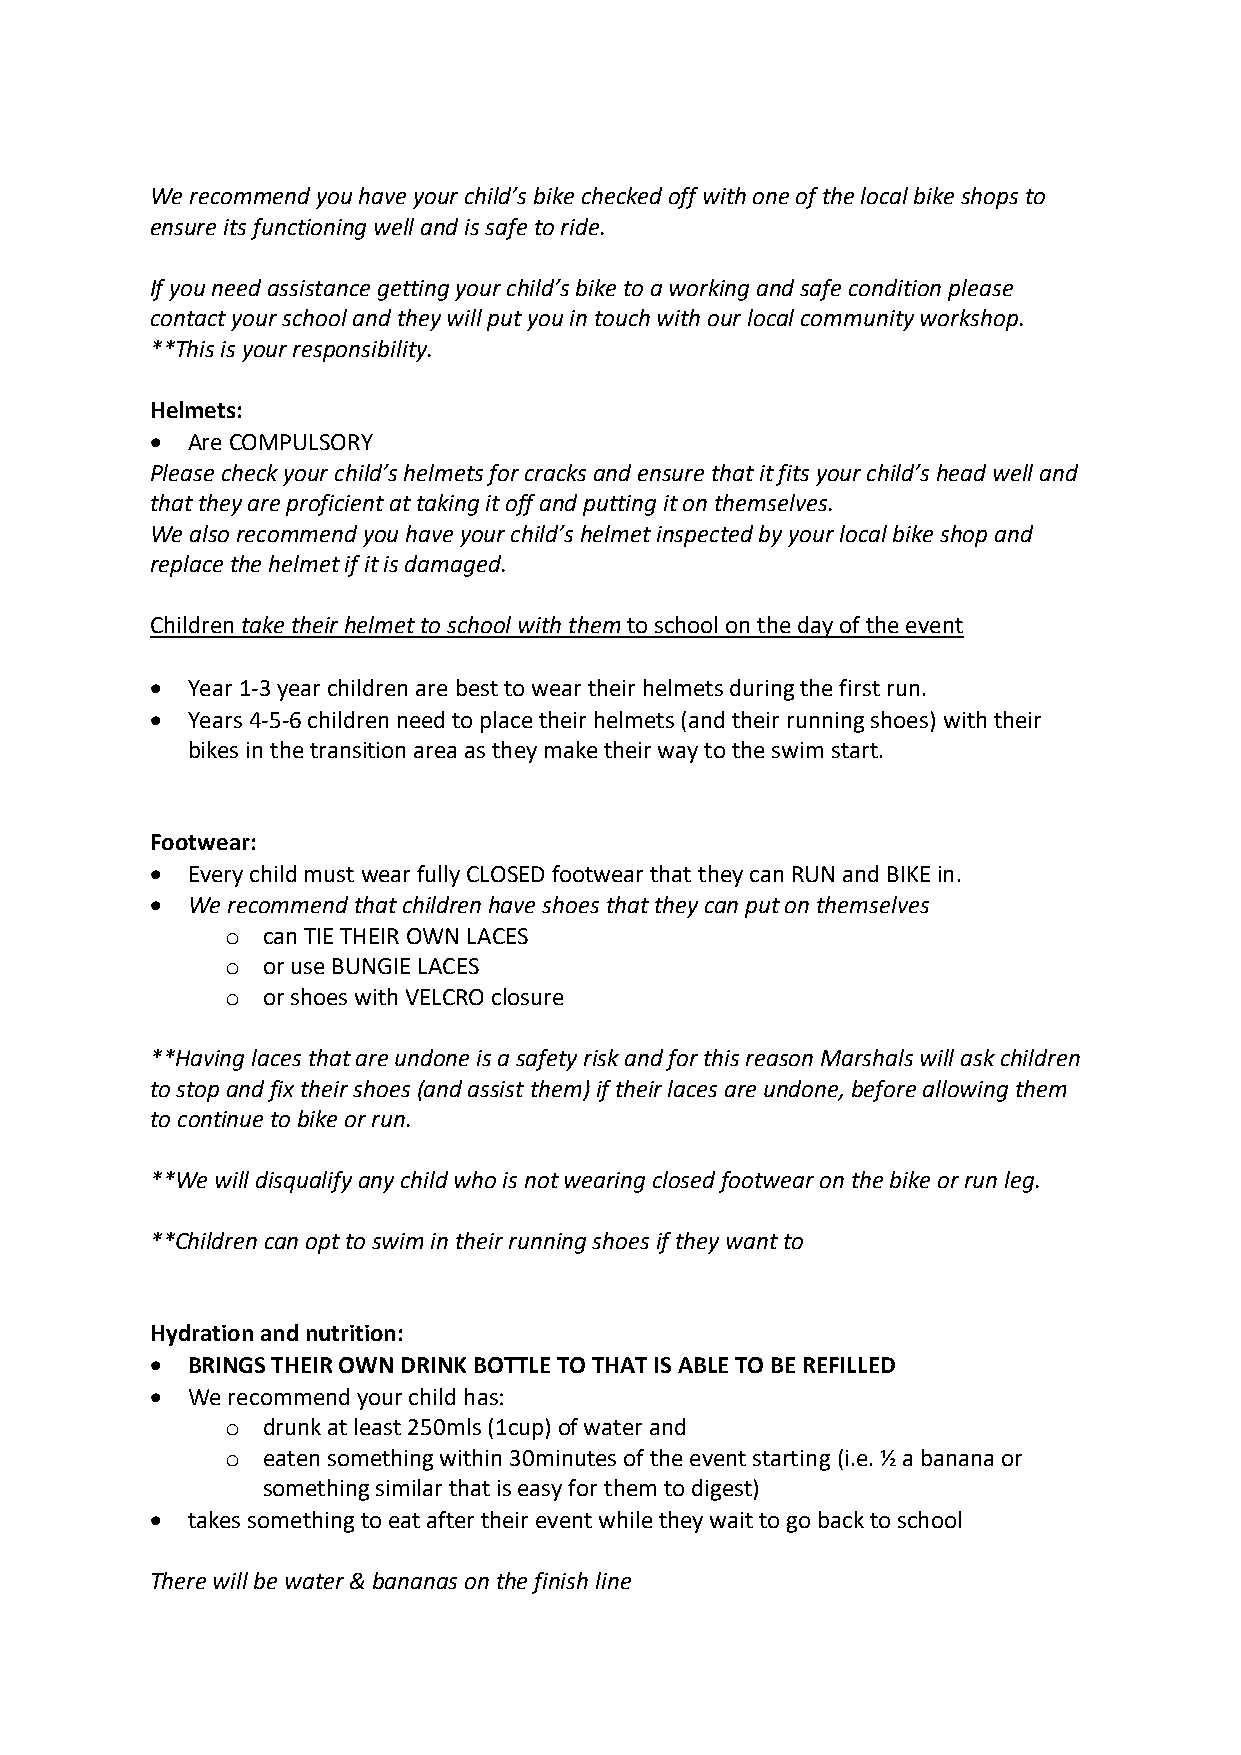
We recommend you have your child’s bike checked off with one of the local bike shops to
 ensure its functioning well and is safe to ride.
 If you need assistance getting your child’s bike to a working and safe condition please
 contact your school and they will put you in touch with our local community workshop.
 **This is your responsibility.
 Helmets:
 • Are COMPULSORY
 Please check your child’s helmets for cracks and ensure that it fits your child’s head well and
 that they are proficient at taking it off and putting it on themselves.
 We also recommend you have your child’s helmet inspected by your local bike shop and
 replace the helmet if it is damaged.
 Children take their helmet to school with them to school on the day of the event
 • Year 1-3 year children are best to wear their helmets during the first run.
 • Years 4-5-6 children need to place their helmets (and their running shoes) with their
 bikes in the transition area as they make their way to the swim start.
 Footwear:
 • Every child must wear fully CLOSED footwear that they can RUN and BIKE in.
 • We recommend that children have shoes that they can put on themselves
 o can TIE THEIR OWN LACES
 o or use BUNGIE LACES
 o or shoes with VELCRO closure
 **Having laces that are undone is a safety risk and for this reason Marshals will ask children
 to stop and fix their shoes (and assist them) if their laces are undone, before allowing them
 to continue to bike or run.
 **We will disqualify any child who is not wearing closed footwear on the bike or run leg.
 **Children can opt to swim in their running shoes if they want to
 Hydration and nutrition:
 • BRINGS THEIR OWN DRINK BOTTLE TO THAT IS ABLE TO BE REFILLED
 • We recommend your child has:
 o drunk at least 250mls (1cup) of water and
 o eaten something within 30minutes of the event starting (i.e. ½ a banana or
 something similar that is easy for them to digest)
 • takes something to eat after their event while they wait to go back to school
 There will be water & bananas on the finish line